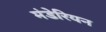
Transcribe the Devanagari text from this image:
मंडेरियन